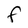
Character: f